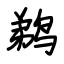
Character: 鹈